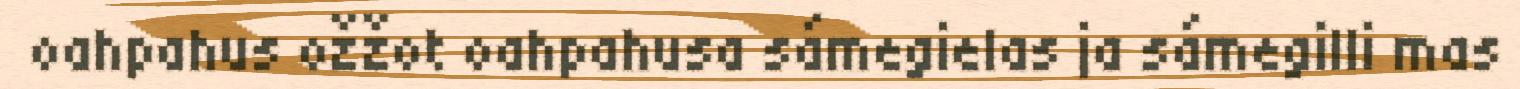
oahpahus ožžot oahpahusa sámegielas ja sámegilli mas